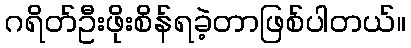
ဂရိတ်ဦးဖိုးစိန်ရခဲ့တာဖြစ်ပါတယ်။